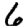
Digit: 6